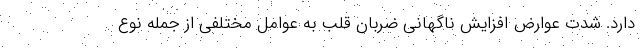
دارد. شدت عوارض افزایش ناگهانی ضربان قلب به عوامل مختلفی از جمله نوع